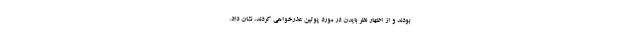
بودند و از اظهار نظر بایدن در مورد پوتین عذرخواهی کردند، نشان داد.